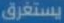
يستغرق